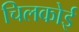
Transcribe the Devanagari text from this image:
चिलकोई